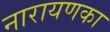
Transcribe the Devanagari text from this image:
नारायणका